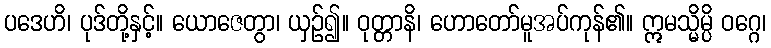
ပဒေဟိ၊ ပုဒ်တို့နှင့်။ ယောဇေတွာ၊ ယှဉ်၍။ ဝုတ္တာနိ၊ ဟောတော်မူအပ်ကုန်၏။ ဣမသ္မိမ္ပိ ဝဂ္ဂေ၊